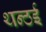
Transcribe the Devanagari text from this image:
थन्ठई